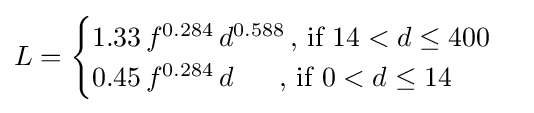
L={\begin{cases}1.33\,f^{0.284}\,d^{0.588}\,{\mbox{, if }}14<d\leq 400\\0.45\,f^{0.284}\,d\,\,\,\,\,\,\,\,\,\,{\mbox{, if }}0<d\leq 14\end{cases}}